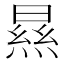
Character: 㬎